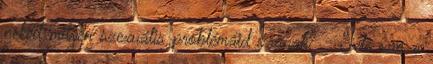
neked milyen szexuális problémáid vannak? - Tele van a